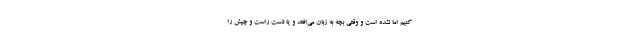
کنیم اما نشده است و وقتی بچه به زبان می‌افتد و یا دست راست و چپش را